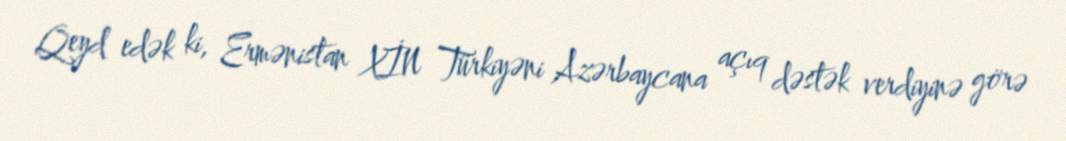
Qeyd edək ki, Ermənistan XİN Türkiyəni Azərbaycana açıq dəstək verdiyinə görə